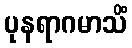
ပုနရာဂမာသိံ